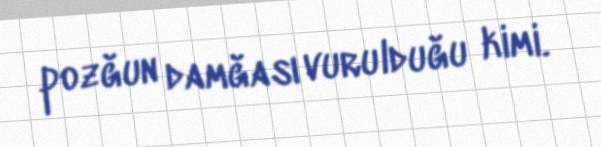
pozğun damğası vurulduğu kimi.